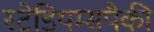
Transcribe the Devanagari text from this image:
स्टेडियम्सपैकी